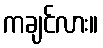
ကချင်လား။